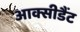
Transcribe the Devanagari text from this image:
आक्सीडैंट